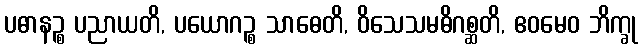
ပဓာနဉ္စ ပညာယတိ, ပယောဂဉ္စ သာဓေတိ, ဝိသေသမဓိဂစ္ဆတိ, ဧဝမေဝ ဘိက္ခု